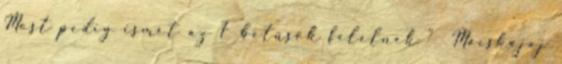
Most pedig ismét az F betűsök felelnek ” Macskajaj